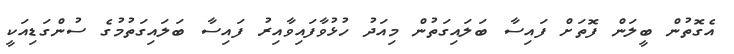
އެގޮތުން ބީލަން ފޮތަށް ފައިސާ ބަލައިގަތުން މިއަދު ހުޅުވާފައިވާއިރު ފައިސާ ބަލައިގަތުމުގެ ސުންގަޑިއަކީ